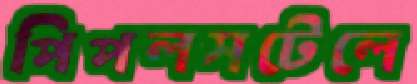
পিপলসটেলে